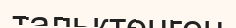
тальктенген